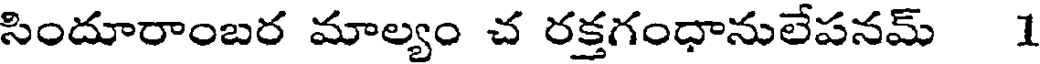
సిందూరాంబర మాల్యం చ రక్తగంధానులేపనమ్ 1